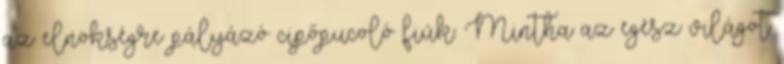
az elnökségre pályázó cipőpucoló fiúk. Mintha az egész világot